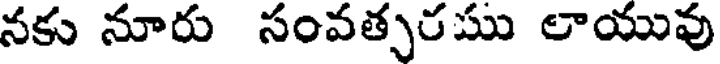
నకు నూరు సంవత్పరము లాయువు